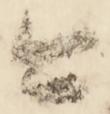
今